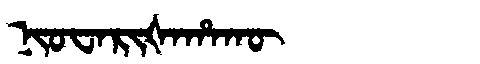
Manchu: ᠨᡳᠣᠸᠠᡵᡳᡧᠠᡥᠠᡴᡡ
Romanization: NIOWARIŠAHAKŪ